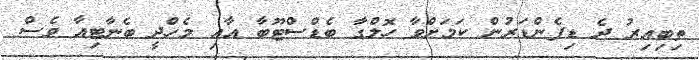
ތިބިއިރު ދެ ޑިފެންޑަރުން ކަމަށްވާ ހޮލްގާ ބެޑްސްޓޫބާ އާއި މެހްދީ ބެނާޓިއާ ވެސް